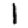
Digit: 1